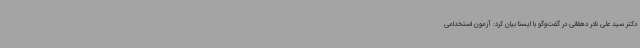
دکتر سید علی نادر دهقانی در گفت‌وگو با ایسنا بیان کرد: آزمون استخدامی